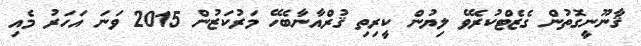
ޤާނޫނީގޮތުން ގެޒެޓްކުރެވޭ ލިޔުން ކީރިތި ޤުރްއާނާބެހޭ މަރުކަޒުން 2015 ވަނަ އަހަރު މެއި